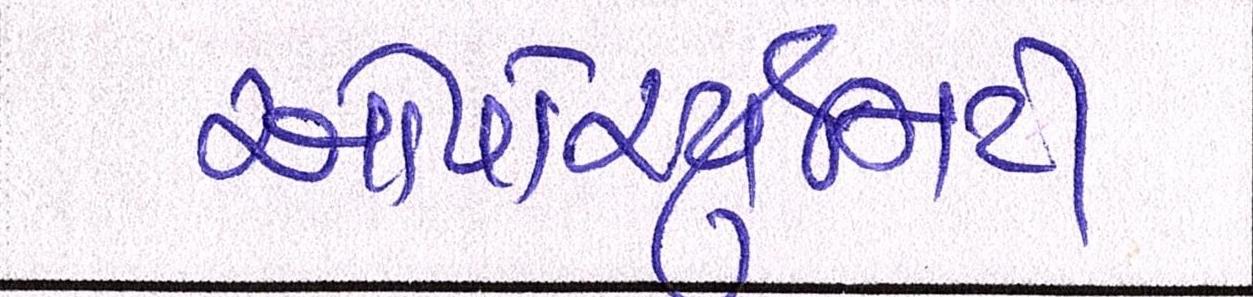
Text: ઓપોર્ચ્યુનિટી